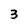
Character: 3